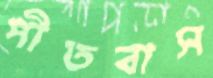
পীতবাস